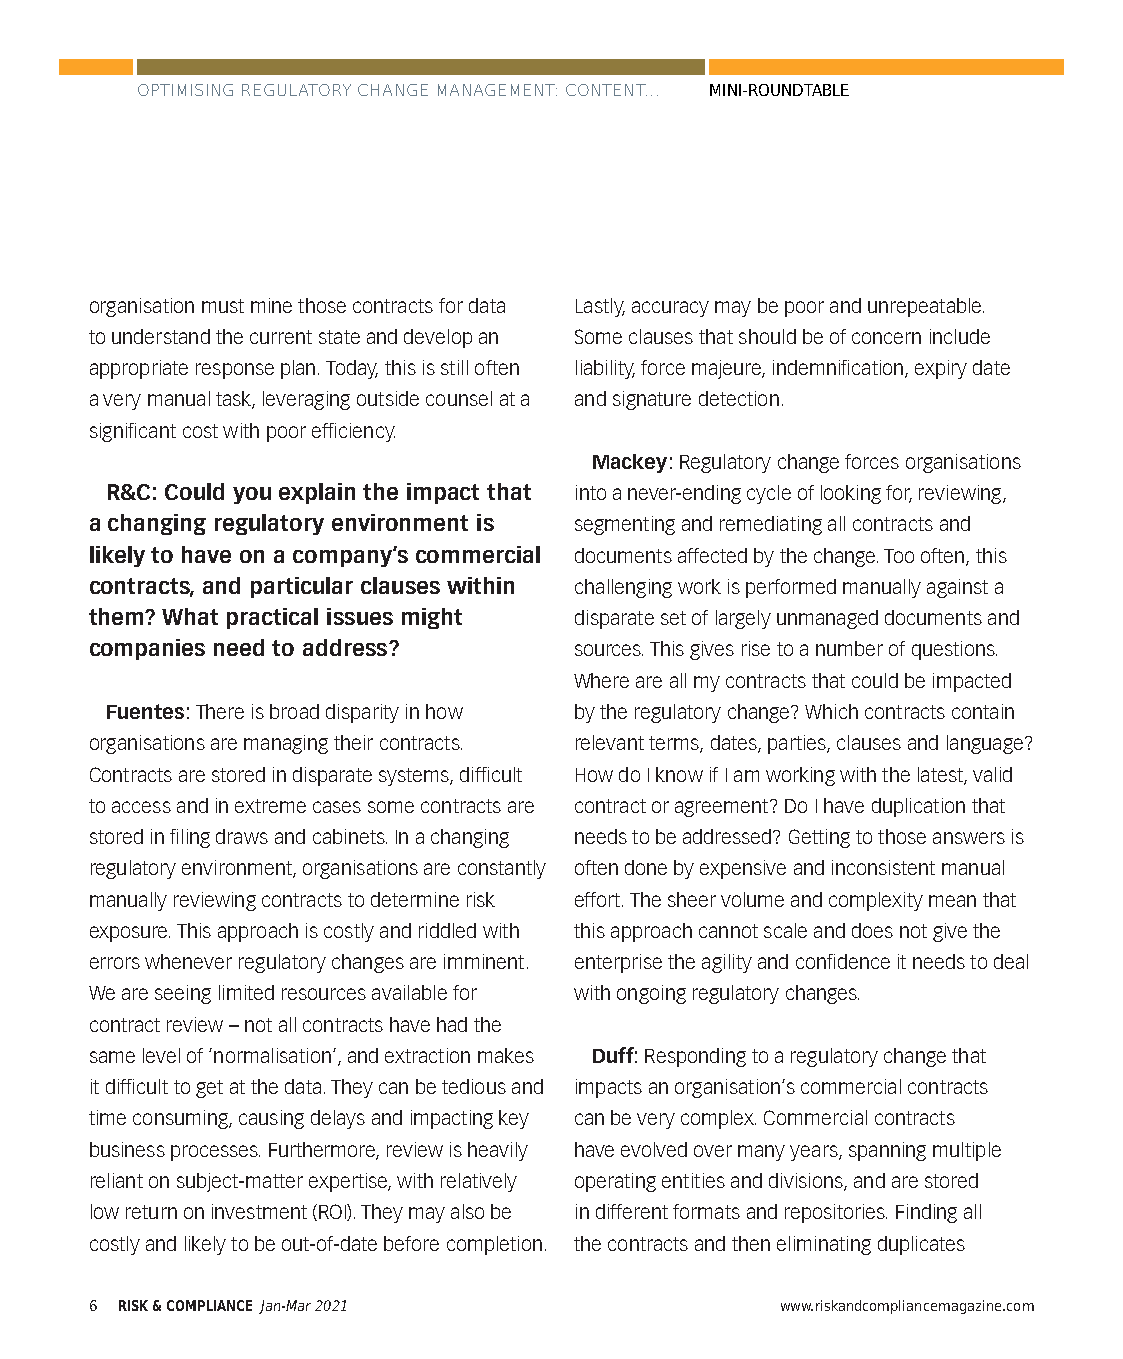
OPTIMISING REGULATORY CHANGE MANAGEMENT: CONTENT... MINI-ROUNDTABLE
 organisation must mine those contracts for data Lastly, accuracy may be poor and unrepeatable.
 to understand the current state and develop an Some clauses that should be of concern include
 appropriate response plan. Today, this is still often liability, force majeure, indemnification, expiry date
 a very manual task, leveraging outside counsel at a and signature detection.
 significant cost with poor efficiency.
 Mackey: Regulatory change forces organisations
 R&C: Could you explain the impact that into a never-ending cycle of looking for, reviewing,
 a changing regulatory environment is segmenting and remediating all contracts and
 likely to have on a company’s commercial documents affected by the change. Too often, this
 contracts, and particular clauses within challenging work is performed manually against a
 them? What practical issues might disparate set of largely unmanaged documents and
 companies need to address?      sources. This gives rise to a number of questions.
 Where are all my contracts that could be impacted
 Fuentes: There is broad disparity in how by the regulatory change? Which contracts contain
 organisations are managing their contracts. relevant terms, dates, parties, clauses and language?
 Contracts are stored in disparate systems, difficult How do I know if I am working with the latest, valid
 to access and in extreme cases some contracts are contract or agreement? Do I have duplication that
 stored in filing draws and cabinets. In a changing needs to be addressed? Getting to those answers is
 regulatory environment, organisations are constantly often done by expensive and inconsistent manual
 manually reviewing contracts to determine risk effort. The sheer volume and complexity mean that
 exposure. This approach is costly and riddled with this approach cannot scale and does not give the
 errors whenever regulatory changes are imminent. enterprise the agility and confidence it needs to deal
 We are seeing limited resources available for with ongoing regulatory changes.
 contract review – not all contracts have had the
 same level of ‘normalisation’, and extraction makes Duff: Responding to a regulatory change that
 it difficult to get at the data. They can be tedious and impacts an organisation’s commercial contracts
 time consuming, causing delays and impacting key can be very complex. Commercial contracts
 business processes. Furthermore, review is heavily have evolved over many years, spanning multiple
 reliant on subject-matter expertise, with relatively operating entities and divisions, and are stored
 low return on investment (ROI). They may also be in different formats and repositories. Finding all
 costly and likely to be out-of-date before completion. the contracts and then eliminating duplicates
 6 RISK & COMPLIANCE Jan-Mar 2021              www.riskandcompliancemagazine.com